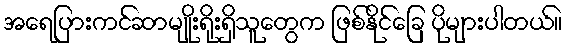
အရေပြားကင်ဆာမျိုးရိုးရှိသူတွေက ဖြစ်နိုင်ခြေ ပိုများပါတယ်။